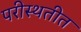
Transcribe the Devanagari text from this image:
परीस्थतीत